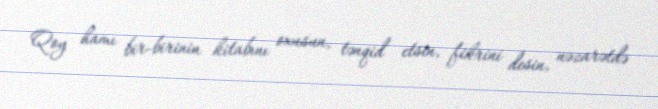
Qoy hamı bir-birinin kitabını oxusun, tənqid etsin, fikrini desin, nəzarətdə